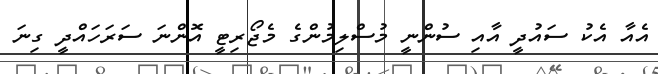
އެއާ އެކު ސައުދީ އާއި ސުންނީ މުސްލިމުންގެ މެޖޯރިޓީ އޮންނަ ސަރަހައްދީ ގިނަ